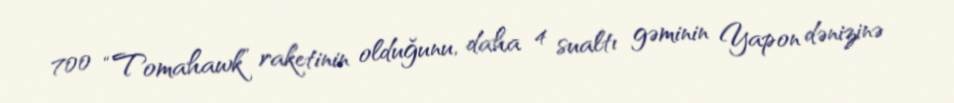
700 “Tomahawk” raketinin olduğunu, daha 4 sualtı gəminin Yapon dənizinə